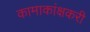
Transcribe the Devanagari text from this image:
कामाकांक्षकरी